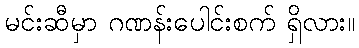
မင်းဆီမှာ ဂဏန်းပေါင်းစက် ရှိလား။